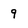
Character: 9